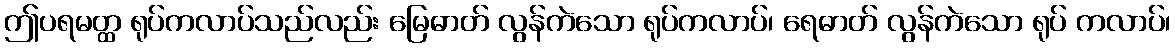
ဤပရမတ္ထ ရုပ်ကလာပ်သည်လည်း မြေဓာတ် လွန်ကဲသော ရုပ်ကလာပ်၊ ရေဓာတ် လွန်ကဲသော ရုပ် ကလာပ်၊